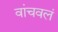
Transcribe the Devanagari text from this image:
वांचवलं